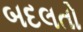
બદલતો